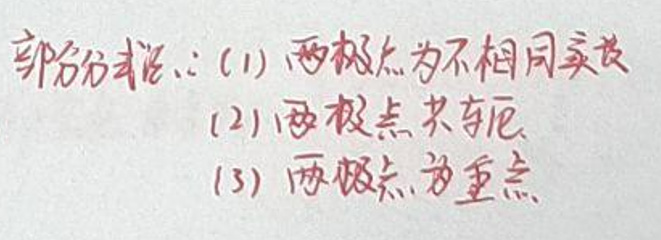
部分分式法：(1) 两极点为不相同实根
(2) 两极点共轭
(3) 两极点为重根